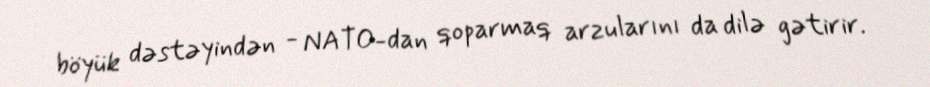
böyük dəstəyindən - NATO-dan qoparmaq arzularını da dilə gətirir.